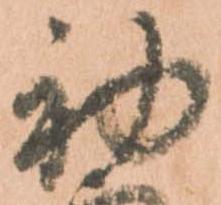
初